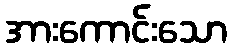
အားကောင်းသော